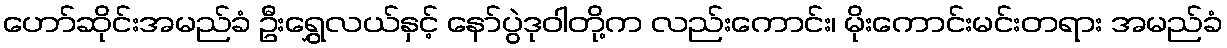
ဟော်ဆိုင်းအမည်ခံ ဦးရွှေလယ်နှင့် နော်ပွဲဒုဝါတို့က လည်းကောင်း၊ မိုးကောင်းမင်းတရား အမည်ခံ